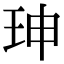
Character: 珅